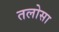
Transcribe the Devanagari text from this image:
तलोसा